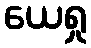
ယေရှု